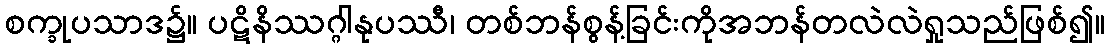
စက္ခုပသာဒ၌။ ပဋိနိဿဂ္ဂါနုပဿီ၊ တစ်ဘန်စွန့်ခြင်းကိုအဘန်တလဲလဲရှုသည်ဖြစ်၍။